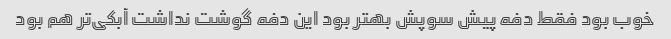
خوب بود فقط دفه پیش سوپش بهتر بود این دفه گوشت نداشت آبکی‌تر هم بود